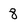
Character: 8